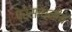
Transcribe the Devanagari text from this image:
प्रसाधनीय